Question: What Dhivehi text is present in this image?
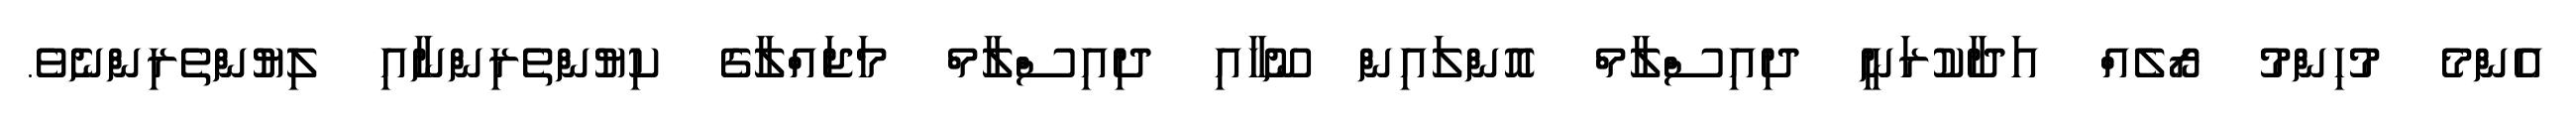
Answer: އެންމެ މުހިންމު ރޯލެއް އަދާކުރަނީ ދިއިސްލާމް އޮންލައިން ނޫހާއި ދިއިސްލާމް މަޖައްލާގެ ކިޔުންތެރިންނާއި ލިޔުންތެރިންނެވެ.